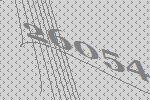
26054